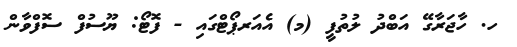
ހ. ހާޖަރާގޭ އަބްދު ލުތުފީ (މ) އެއަރޕޯޓްގައި - ފޮޓޯ: ޔޫސުފް ސޮފްވާން